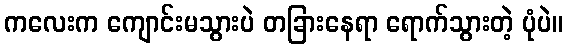
ကလေးက ကျောင်းမသွားပဲ တခြားနေရာ ရောက်သွားတဲ့ ပုံပဲ။